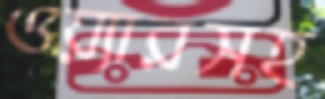
ওয়্যারসহ